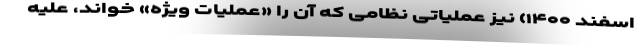
اسفند ۱۴۰۰) نیز عملیاتی نظامی که آن را «عملیات ویژه» خواند، علیه